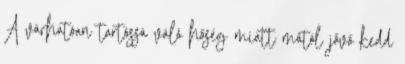
A várhatóan tartóssá váló hőség miatt mától jövő kedd